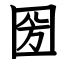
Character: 圀